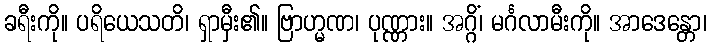
ခရီးကို။ ပရိယေသတိ၊ ရှာမှီး၏။ ဗြာဟ္မဏ၊ ပုဏ္ဏား။ အဂ္ဂိံ၊ မင်္ဂလာမီးကို။ အာဒေန္တော၊